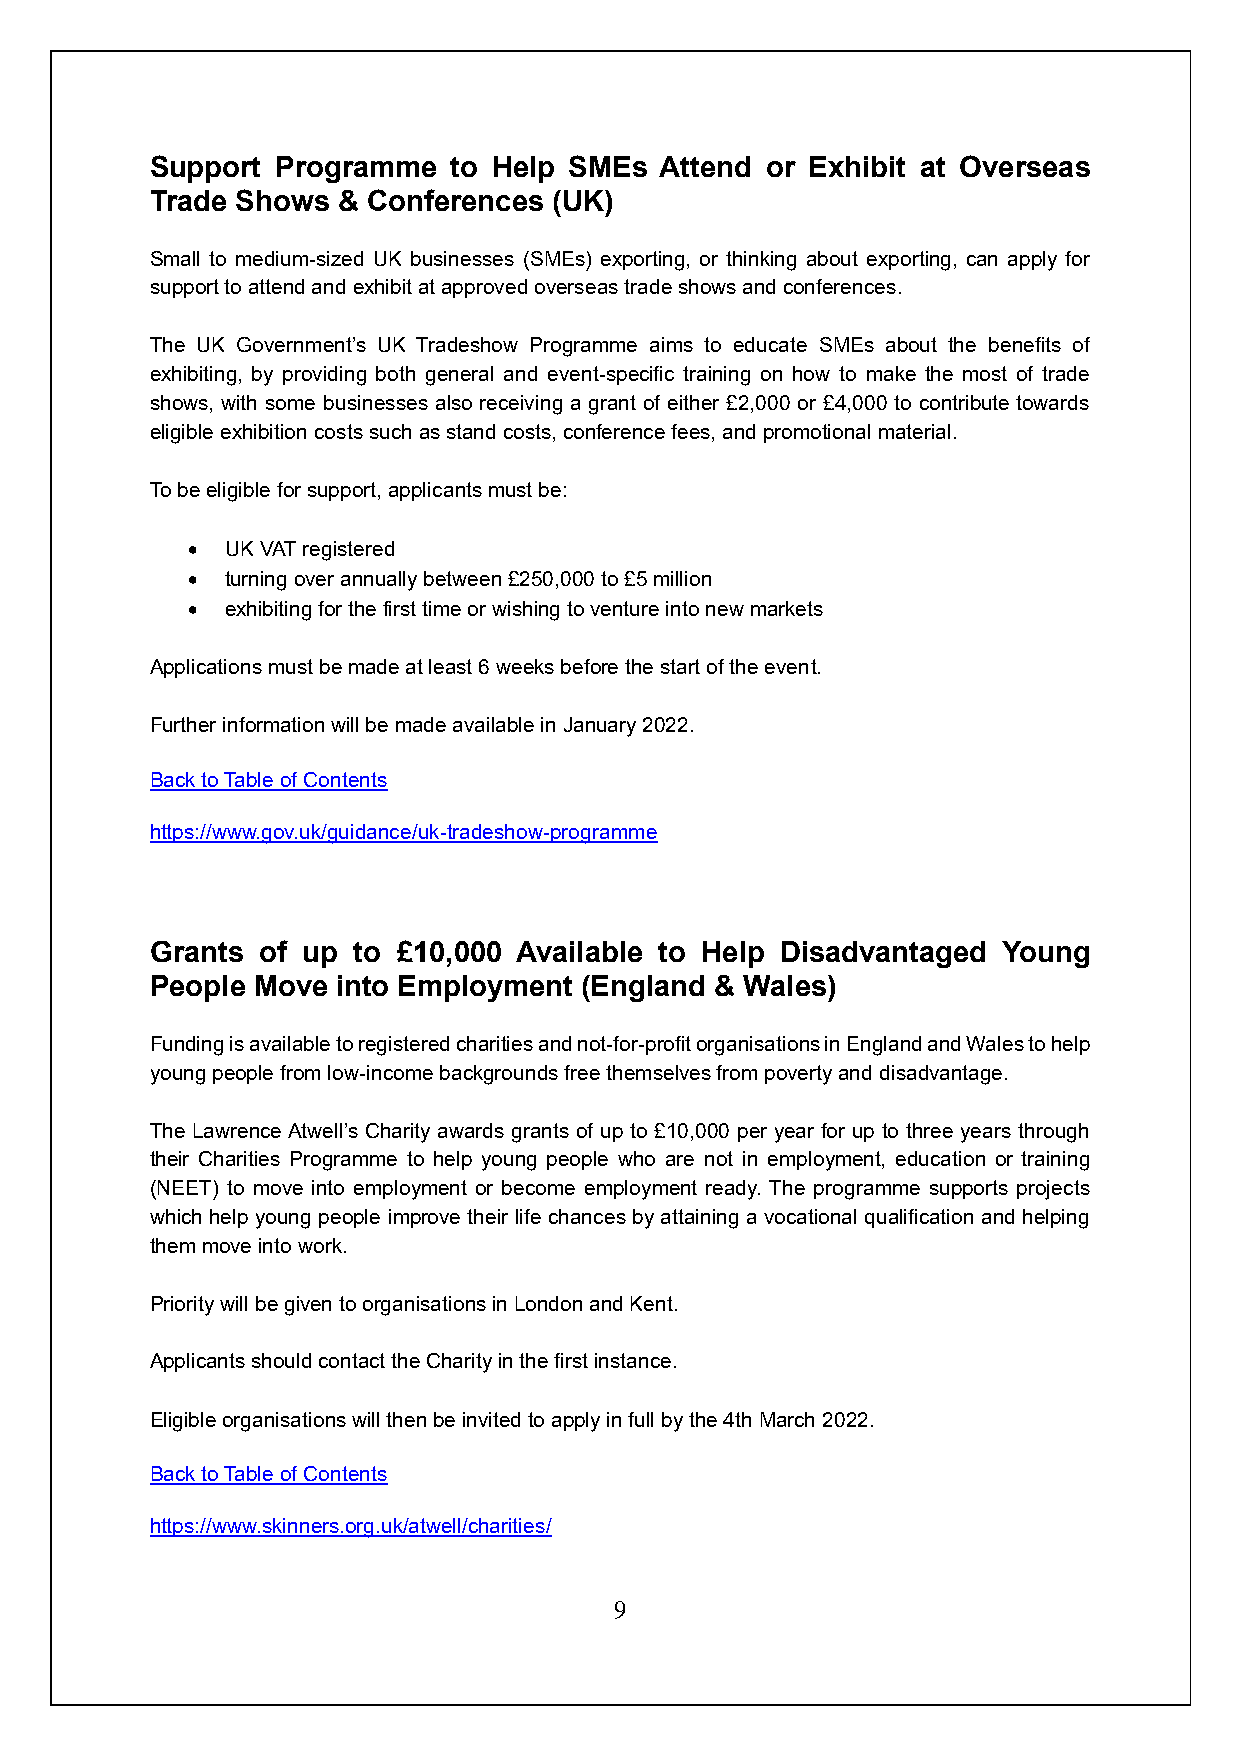
Support Programme   to Help SMEs  Attend or Exhibit at Overseas
 Trade Shows & Conferences  (UK)
 Small to medium-sized UK businesses (SMEs) exporting, or thinking about exporting, can apply for
 support to attend and exhibit at approved overseas trade shows and conferences.
 The UK Government’s UK Tradeshow Programme aims to educate SMEs about the benefits of
 exhibiting, by providing both general and event-specific training on how to make the most of trade
 shows, with some businesses also receiving a grant of either £2,000 or £4,000 to contribute towards
 eligible exhibition costs such as stand costs, conference fees, and promotional material.
 To be eligible for support, applicants must be:
 •  UK VAT registered
 •  turning over annually between £250,000 to £5 million
 •  exhibiting for the first time or wishing to venture into new markets
 Applications must be made at least 6 weeks before the start of the event.
 Further information will be made available in January 2022.
 Back to Table of Contents
 https://www.gov.uk/guidance/uk-tradeshow-programme
 Grants of up to £10,000 Available to Help Disadvantaged Young
 People Move into Employment (England & Wales)
 Funding is available to registered charities and not-for-profit organisations in England and Wales to help
 young people from low-income backgrounds free themselves from poverty and disadvantage.
 The Lawrence Atwell’s Charity awards grants of up to £10,000 per year for up to three years through
 their Charities Programme to help young people who are not in employment, education or training
 (NEET) to move into employment or become employment ready. The programme supports projects
 which help young people improve their life chances by attaining a vocational qualification and helping
 them move into work.
 Priority will be given to organisations in London and Kent.
 Applicants should contact the Charity in the first instance.
 Eligible organisations will then be invited to apply in full by the 4th March 2022.
 Back to Table of Contents
 https://www.skinners.org.uk/atwell/charities/
 9